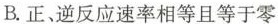
B.正、逆反应速率相等且等于零